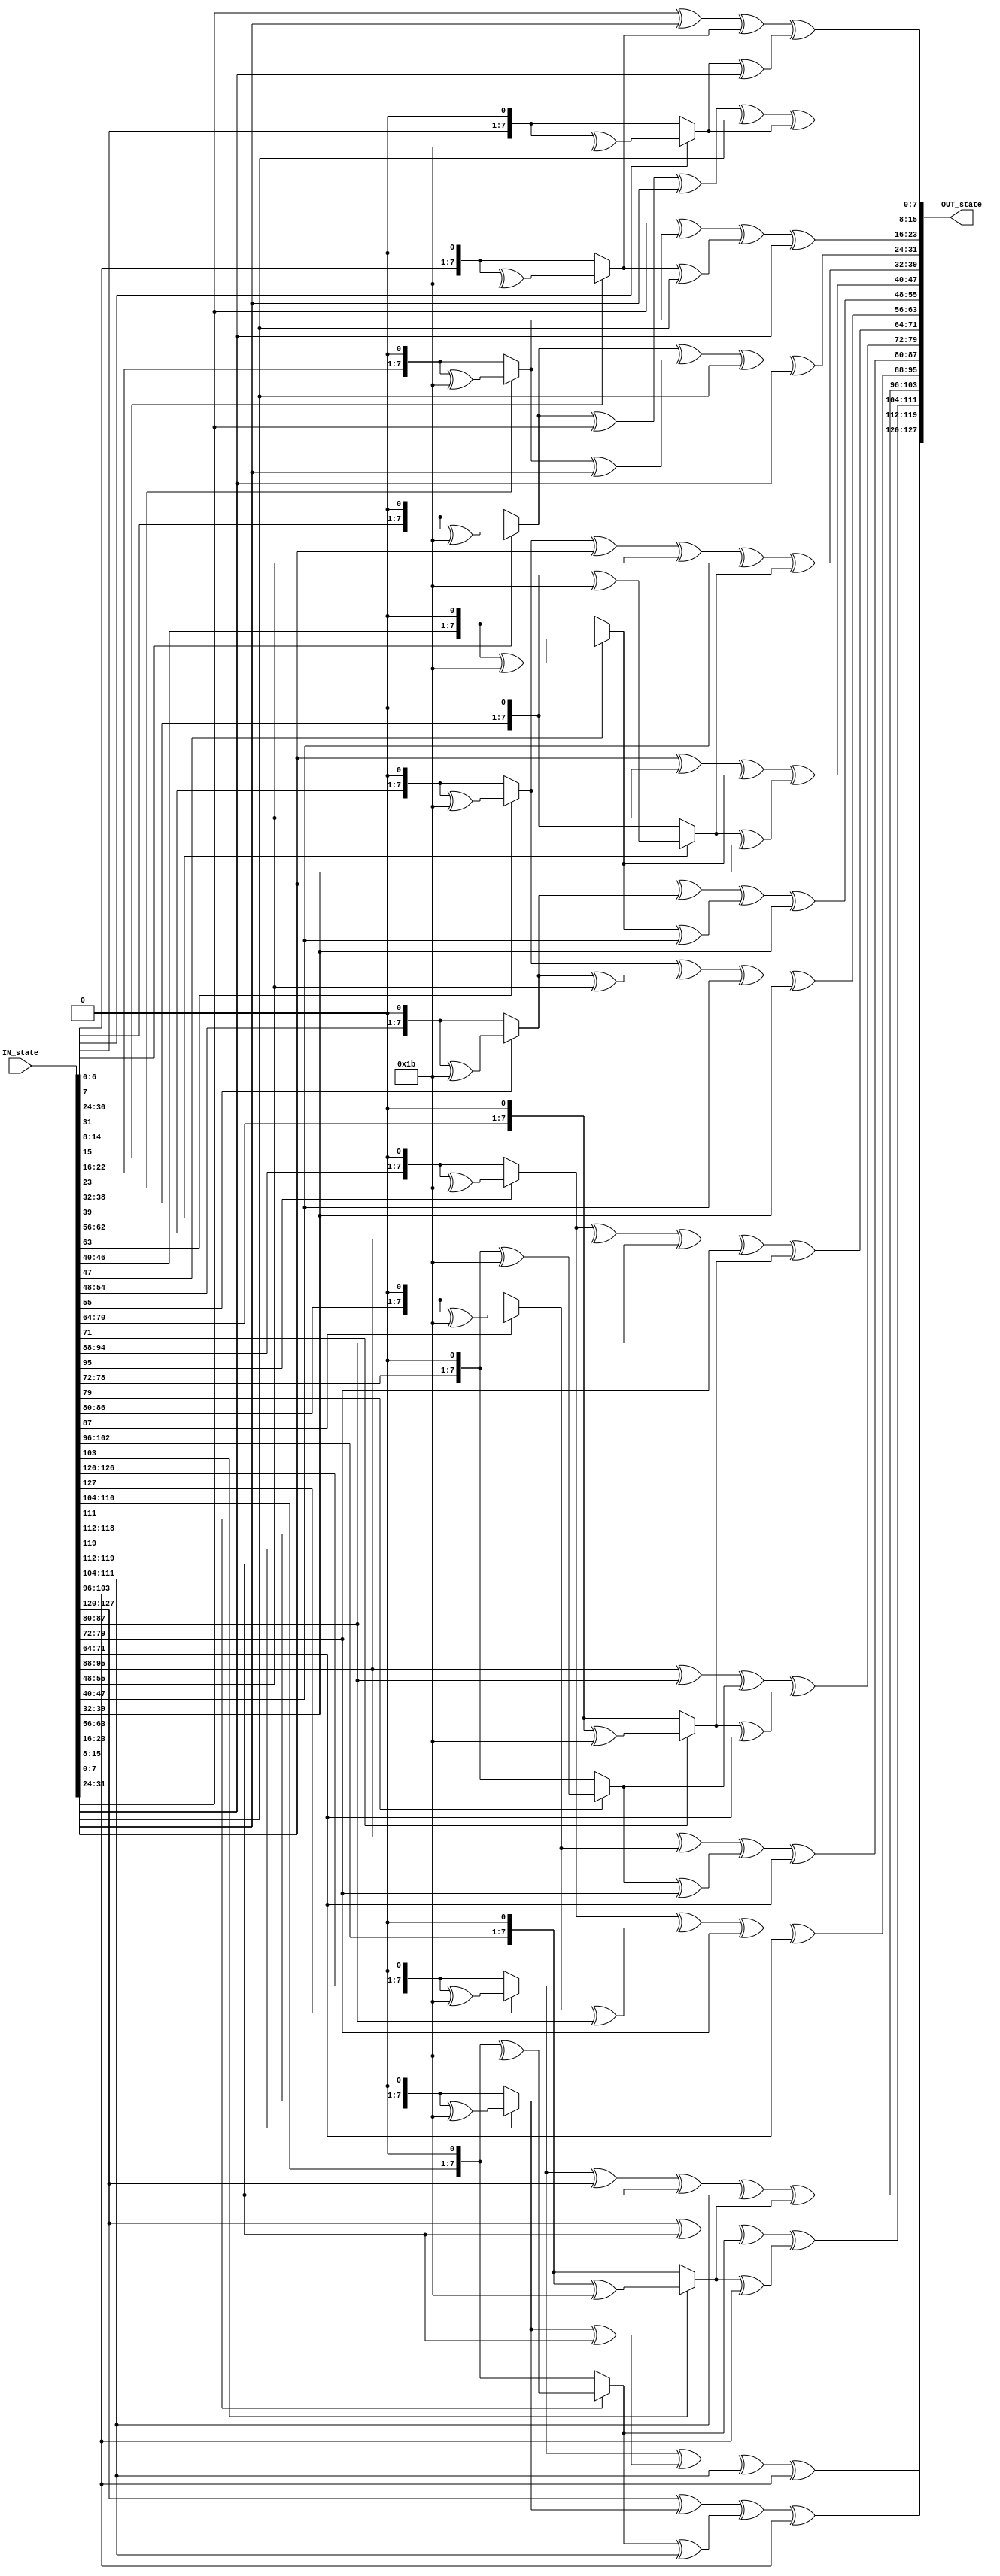
/*
Project        : AES
Standard doc.  : 
Module name    : MixColumns block
Dependancy     :
Design doc.    : 
References     : 
Description    : MixColumns block is a combinational block that 
                 transforms each column of four bytes using a 
                 special mathematical function.
Owner          : Shehab Bahaa
*/

`timescale 1 ns/1 ps

module MixColumns (
    input [127:0] IN_state,
    output reg [127:0] OUT_state
);

function [7:0] MultiplyByTwo;
	input [7:0] x;
	begin 
			/* multiplication by 2 is shifting on bit to the left, and if the original 8 bits had a 1 @ MSB, xor the result with 0001 1011*/
			if(x[7] == 1) MultiplyByTwo = ((x << 1) ^ 8'h1b);
			else MultiplyByTwo = x << 1; 
	end 	
endfunction

function [7:0] MultiplyByThree;
	input [7:0] x;
	begin 
			/* multiplication by 3 ,= 01 ^ 10 = (NUM * 01) XOR (NUM * 10) = (NUM) XOR (NUM Muliplication by 2) */
			MultiplyByThree = MultiplyByTwo(x) ^ x;
	end 
endfunction

integer i, j;

reg [7:0] S[0:3][0:3] ;
reg [7:0] S_new[0:3][0:3] ;
// | S00 | S01 | S02 | S03 |
// | S10 | S11 | S12 | S13 |
// | S20 | S21 | S22 | S23 |
// | S30 | S31 | S32 | S33 |


always @ (IN_state)
begin
    for (i = 0; i < 4; i = i+1) begin
        for (j = 0; j < 4; j = j+1) begin
            S[i][j] = IN_state[(8*(3-i)+32*(3-j)+7) -: 8];
        end
    end
    for (j = 0; j < 4; j = j+1) begin
        S_new[0][j] =MultiplyByTwo(S[0][j]) ^ MultiplyByThree(S[1][j]) ^ S[2][j] ^ S[3][j];
        S_new[1][j] =S[0][j] ^ MultiplyByTwo(S[1][j]) ^ MultiplyByThree(S[2][j]) ^ S[3][j];
        S_new[2][j] =S[0][j] ^ S[1][j] ^ MultiplyByTwo(S[2][j]) ^ MultiplyByThree(S[3][j]);
        S_new[3][j] =MultiplyByThree(S[0][j]) ^ S[1][j] ^ S[2][j] ^ MultiplyByTwo(S[3][j]);
    end

    OUT_state = {S_new[0][0], S_new[1][0], S_new[2][0], S_new[3][0], 
                 S_new[0][1], S_new[1][1], S_new[2][1], S_new[3][1], 
                 S_new[0][2], S_new[1][2], S_new[2][2], S_new[3][2], 
                 S_new[0][3], S_new[1][3], S_new[2][3], S_new[3][3]};

end 

endmodule



// 128'h87_6E_46_A6_F2_4C_E7_8C_4D_90_4A_D8_97_EC_C3_95